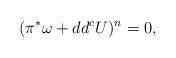
LaTeX: \begin{align*}(\pi^{*}\omega+dd^{c}U)^{n}=0,\end{align*}